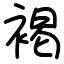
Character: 褐